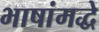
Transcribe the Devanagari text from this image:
भाषांमद्धे